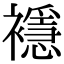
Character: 𧞎